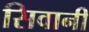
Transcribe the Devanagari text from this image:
सिवानी